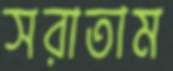
সরাতাম